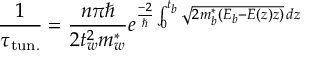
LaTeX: { \frac { 1 } { \tau _ { \mathrm { t u n . } } } } = { \frac { n \pi \hbar } { 2 t _ { w } ^ { 2 } m _ { w } ^ { * } } } e ^ { { \frac { - 2 } { \hbar } } \int _ { 0 } ^ { t _ { b } } { \sqrt { 2 m _ { b } ^ { * } ( E _ { b } - E ( z ) z ) } } \, d z }